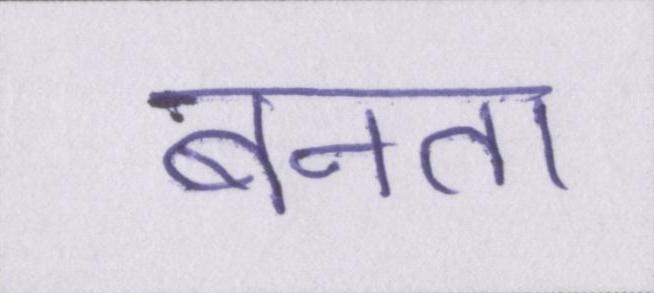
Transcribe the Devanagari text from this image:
बनता